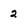
Character: 2